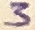
Text: 3